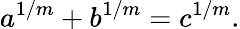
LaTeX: a^{1/m}+b^{1/m}=c^{1/m}.